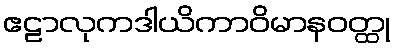
ဧဠာလုကဒါယိကာဝိမာနဝတ္ထု